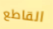
القاطع